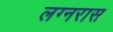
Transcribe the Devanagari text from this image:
लग्नरास